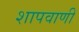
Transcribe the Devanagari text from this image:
शापवाणी